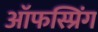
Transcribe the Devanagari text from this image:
ऑफस्प्रिंग